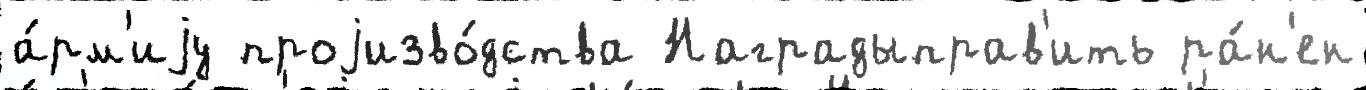
а́рм'иjу проjизво́дства Наградыправ'ить ра́н'ен